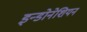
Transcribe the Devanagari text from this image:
इन्डोनेशियन